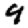
Digit: 9